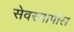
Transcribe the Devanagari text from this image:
सेवस्तापोल